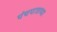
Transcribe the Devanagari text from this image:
पंचपात्राच्या